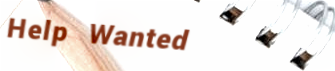
Help Wanted